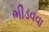
ભીડવવા